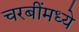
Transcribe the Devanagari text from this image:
चरबींमध्ये